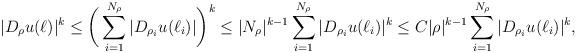
LaTeX: \begin{align*}|D_{\rho} u(\ell)|^{k} \leq \bigg( \sum_{i = 1}^{N_{\rho}} |D_{\rho_{i}} u(\ell_{i})| \bigg)^{k} \leq |N_{\rho}|^{k-1} \sum_{i = 1}^{N_{\rho}} |D_{\rho_{i}} u(\ell_{i})|^{k} \leq C |\rho|^{k-1} \sum_{i = 1}^{N_{\rho}} |D_{\rho_{i}} u(\ell_{i})|^{k},\end{align*}